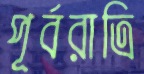
পূর্বরাত্রি